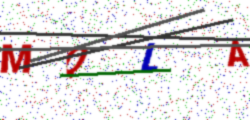
Text: MQLA